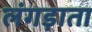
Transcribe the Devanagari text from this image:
लंगड़ाता